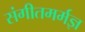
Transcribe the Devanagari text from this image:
संगीतमर्मज्ञ